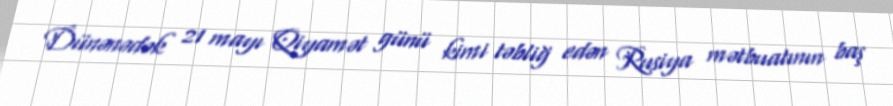
Dünənədək 21 mayı Qiyamət günü kimi təbliğ edən Rusiya mətbuatının baş